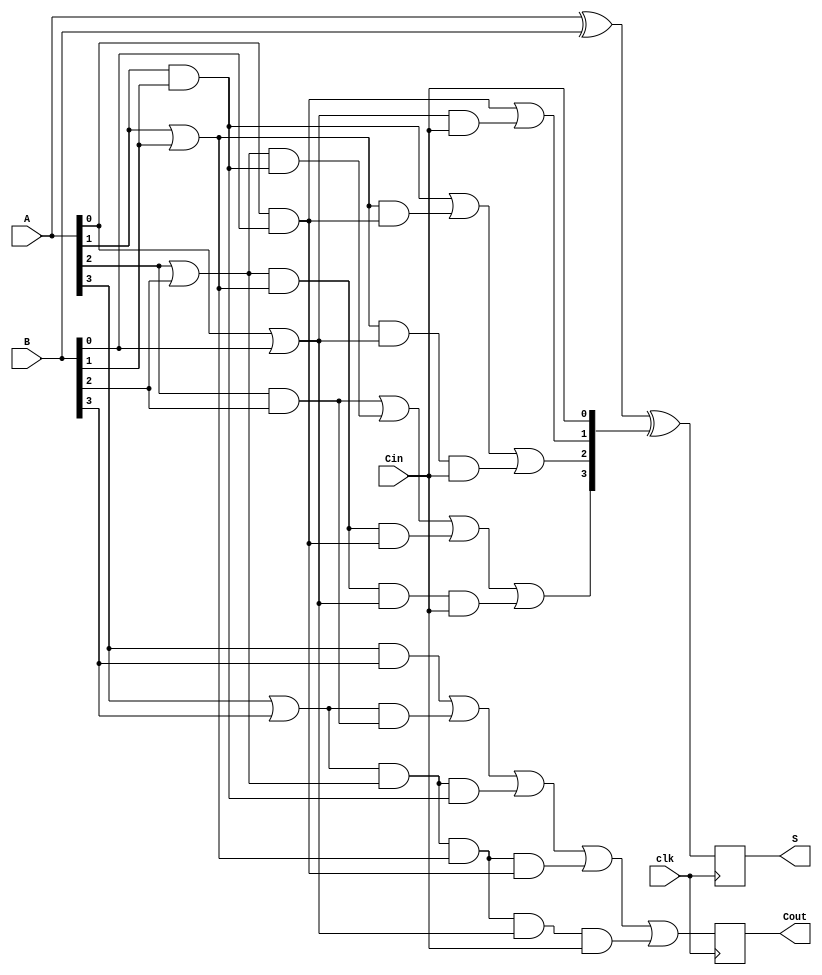
module PipelinedCLA #(parameter n = 4) (
    input clk,
    input [n-1:0] A,
    input [n-1:0] B,
    input Cin,
    output reg [n-1:0] S,
    output reg Cout
);
    // Intermediate signals for carry lookahead
    wire [n-1:0] G; // Generate signals
    wire [n-1:0] P; // Propagate signals
    wire [n:0] C;   // Carry signals

    // Stage 1: Generate and Propagate
    genvar i;
    generate
        for (i = 0; i < n; i = i + 1) begin : gen_prop
            assign G[i] = A[i] & B[i]; // Generate
            assign P[i] = A[i] | B[i]; // Propagate
        end
    endgenerate

    // Carry Lookahead Logic
    assign C[0] = Cin; // Initial carry input
    assign C[1] = G[0] | (P[0] & C[0]);
    assign C[2] = G[1] | (P[1] & G[0]) | (P[1] & P[0] & C[0]);
    assign C[3] = G[2] | (P[2] & G[1]) | (P[2] & P[1] & G[0]) | (P[2] & P[1] & P[0] & C[0]);
    assign C[4] = G[3] | (P[3] & G[2]) | (P[3] & P[2] & G[1]) | (P[3] & P[2] & P[1] & G[0]) | (P[3] & P[2] & P[1] & P[0] & C[0]);

    // Stage 2: Compute Sum and Final Carry Out
    always @(posedge clk) begin
        S <= A ^ B ^ {C[n-1:0]}; // Calculate sum
        Cout <= C[n]; // Final carry out
    end

endmodule